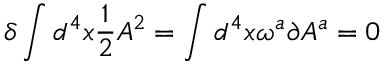
\delta \int d ^ { 4 } x \frac { 1 } { 2 } A ^ { 2 } = \int d ^ { 4 } x \omega ^ { a } \partial A ^ { a } = 0